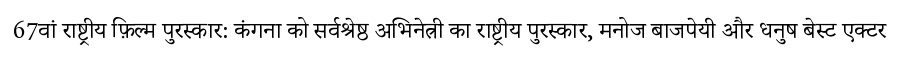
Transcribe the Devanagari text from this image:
67वां राष्ट्रीय फ़िल्म पुरस्कार: कंगना को सर्वश्रेष्ठ अभिनेत्री का राष्ट्रीय पुरस्कार, मनोज बाजपेयी और धनुष बेस्ट एक्टर